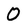
Character: 0